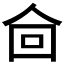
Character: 𰁿